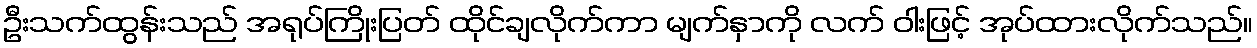
ဦးသက်ထွန်းသည် အရုပ်ကြိုးပြတ် ထိုင်ချလိုက်ကာ မျက်နှာကို လက် ဝါးဖြင့် အုပ်ထားလိုက်သည်။